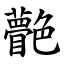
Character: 䒐